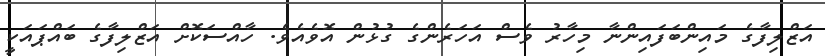
އަޒްލިފާގެ މައިންބަފައިންނާ މިހާރު ވެސް އަހަރެންގެ ގުޅުން އޮވެއެވެ. ހާއްސަކޮށް އަޒްލިފާގެ ބައްޕައަކީ